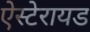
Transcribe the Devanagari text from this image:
ऐस्टेरायड